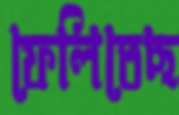
ফেলিতেছ